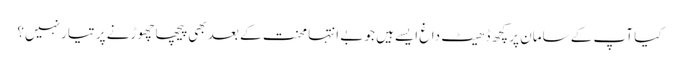
کیا آپ کے سامان پر کچھ ڈھیٹ داغ ایسےہیں جو بے انتہا محنت کے بعد بھی پیچھا چھوڑنے پر تیار نہیں؟